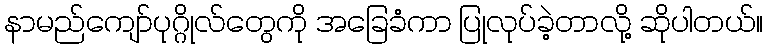
နာမည်ကျော်ပုဂ္ဂိုလ်တွေကို အခြေခံကာ ပြုလုပ်ခဲ့တာလို့ ဆိုပါတယ်။